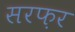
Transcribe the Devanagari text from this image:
सरफ़र